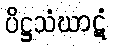
ပိဋ္ဌသံဃာဋံ